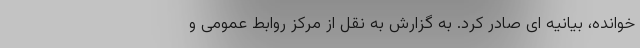
خوانده، بیانیه ای صادر کرد. به گزارش به نقل از مرکز روابط عمومی و